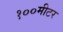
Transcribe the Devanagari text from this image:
१००मीटर